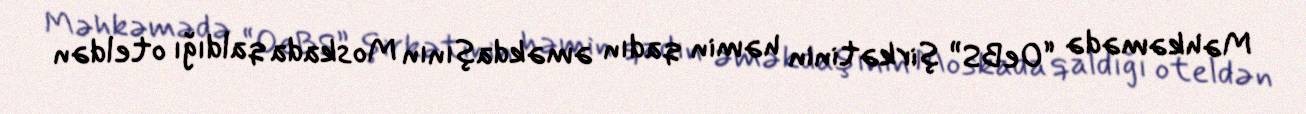
Məhkəmədə “OeBS” şirkətinin həmin qadın əməkdaşının Moskada qaldığı oteldən